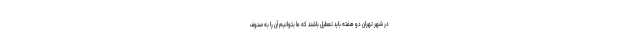
در شهر تهران دو هفته باید تعطیل باشند که ما بتوانیم آن را به صنوف